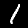
Label: 1